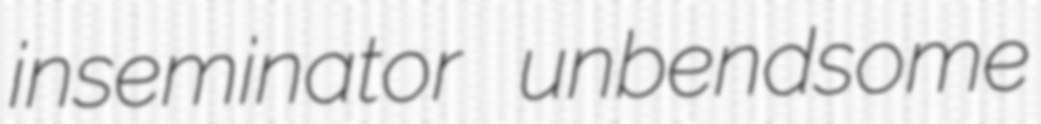
inseminator unbendsome